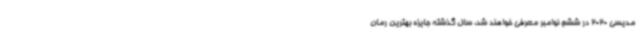
مدیسی 2020 در ششم نوامبر معرفی خواهند شد. سال گذشته جایزه بهترین رمان